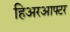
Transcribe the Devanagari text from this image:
हिअरआफ्टर